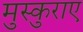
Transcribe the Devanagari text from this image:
मुस्कुराए